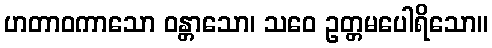
ဟတာဝကာသော ဝန္တာသော၊ သဝေ ဥတ္တမပေါရိသော။